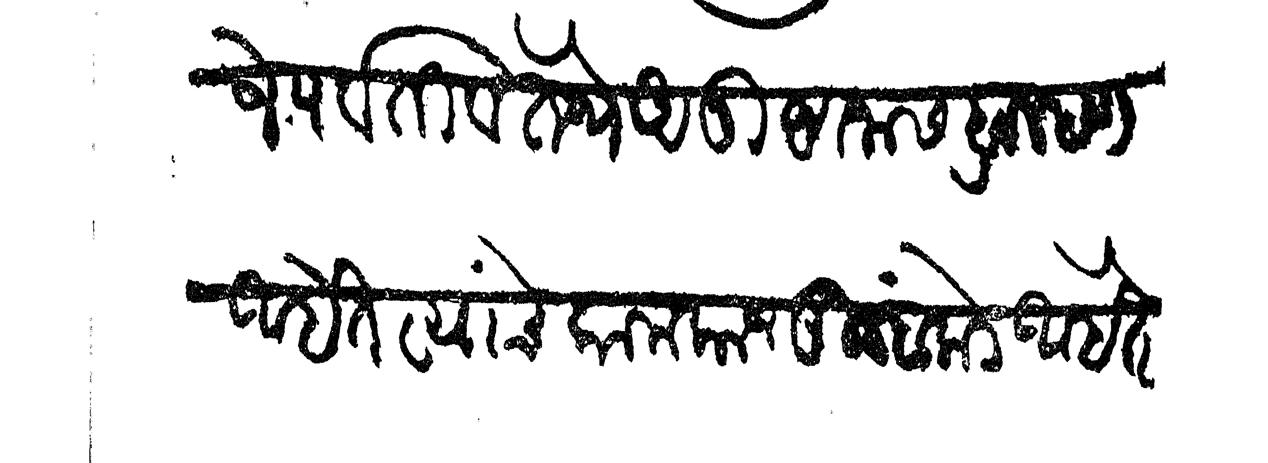
Transliteration (Devanagari): जे पर्वती व तेथे अनुष्ठानास ब्राम्हण आहेत त्यांचे कामकाज तुम्हांकडे आहे ते